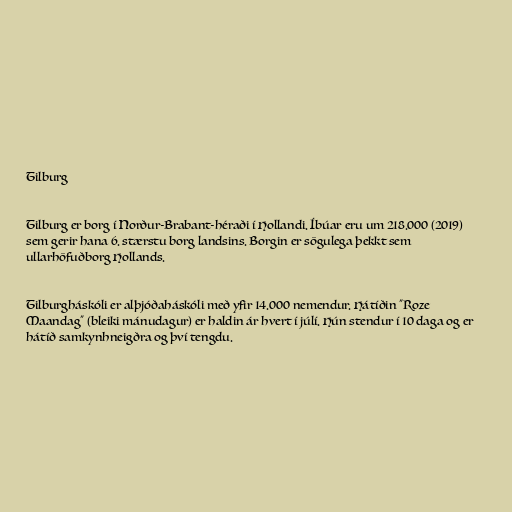
Tilburg

Tilburg er borg í Norður-Brabant-héraði í Hollandi. Íbúar eru um 218.000 (2019)
sem gerir hana 6. stærstu borg landsins. Borgin er sögulega þekkt sem
ullarhöfuðborg Hollands.

Tilburgháskóli er alþjóðaháskóli með yfir 14.000 nemendur. Hátíðin "Roze
Maandag" (bleiki mánudagur) er haldin ár hvert í júlí. Hún stendur í 10 daga og er
hátíð samkynhneigðra og því tengdu.